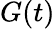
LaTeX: G(t)